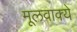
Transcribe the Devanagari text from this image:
मूलवाक्ये